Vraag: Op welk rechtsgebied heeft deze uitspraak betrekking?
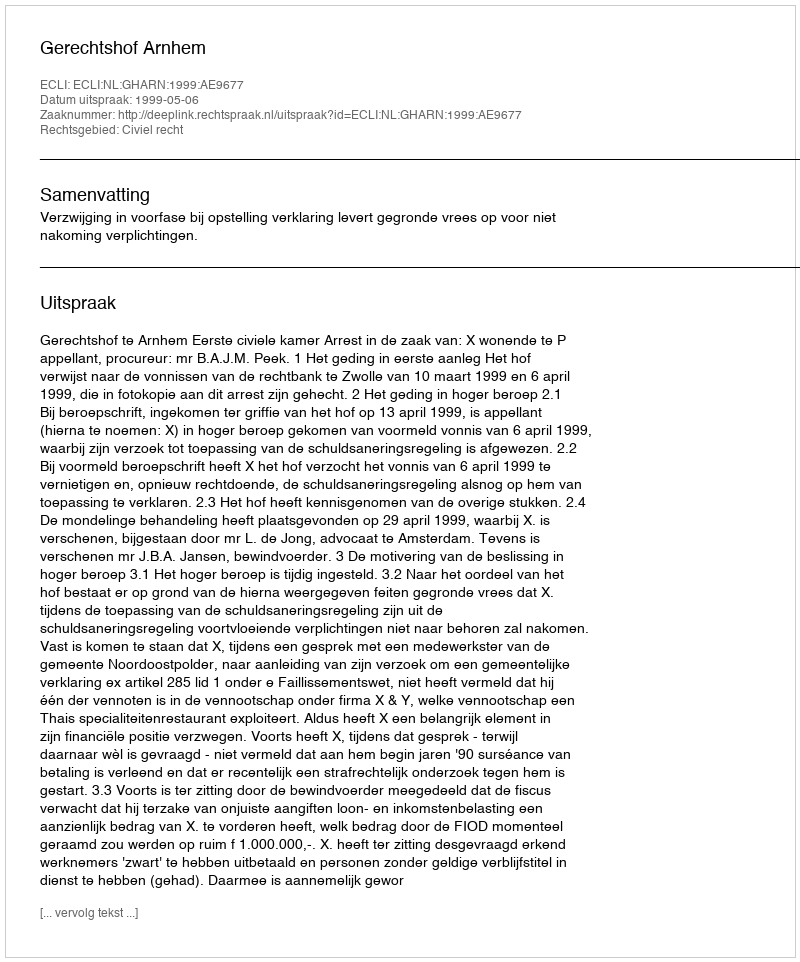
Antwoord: Civiel recht